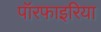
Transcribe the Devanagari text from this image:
पॉरफाइरिया